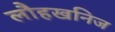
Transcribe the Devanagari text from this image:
लौहखनिज